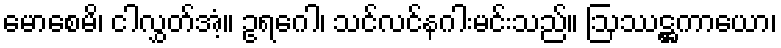
မောစေမိ၊ ငါလွှတ်အံ့။ ဥရဂေါ၊ သင်လင်နဂါးမင်းသည်။ ဩဿဋ္ဌကာယော၊